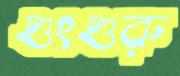
গুংগুরু